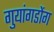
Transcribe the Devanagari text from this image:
गुयांगडोंग